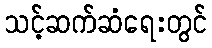
သင့်ဆက်ဆံရေးတွင်